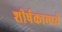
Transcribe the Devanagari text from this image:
शीर्षकामध्ये